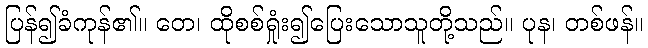
ပြန်၍ခံကုန်၏။ တေ၊ ထိုစစ်ရှုံး၍ပြေးသောသူတို့သည်။ ပုန၊ တစ်ဖန်။